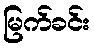
မြက်ခင်း